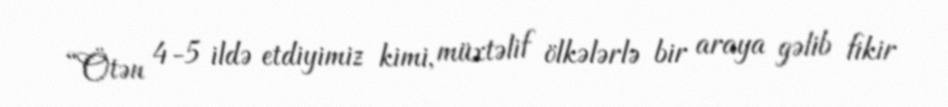
“Ötən 4-5 ildə etdiyimiz kimi, müxtəlif ölkələrlə bir araya gəlib fikir